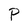
Character: P